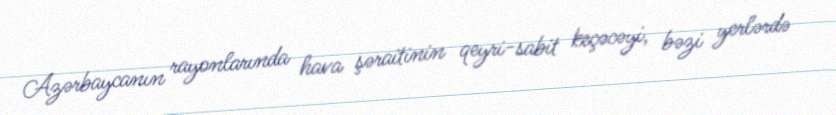
Azərbaycanın rayonlarında hava şəraitinin qeyri-sabit keçəcəyi, bəzi yerlərdə